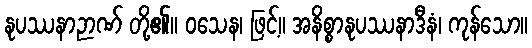
နုပဿနာဉာဏ် တို့၏။ ဝသေန၊ ဖြင့်။ အနိစ္စာနုပဿနာဒီနံ၊ ကုန်သော။